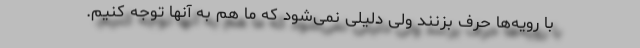
با رویه‌ها حرف بزنند ولی دلیلی نمی‌شود که ما هم به آنها توجه کنیم.